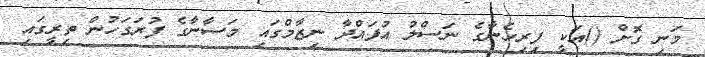
މަނި ގޮށް ()އަކީ ފިރިހެނާގެ ނަސްލު އުފައްދާ ނިޒާމްގައި މަސާނާގެ ފުރަގަހުން ތިރީގައި